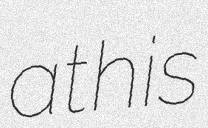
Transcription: at his